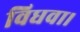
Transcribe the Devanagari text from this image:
विधवा।